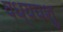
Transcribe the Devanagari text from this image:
वध्यपशु